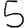
Digit: 5